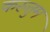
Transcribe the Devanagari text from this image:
करुत्तुम